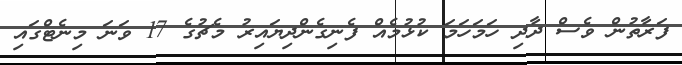
ފަރާތުން ވެސް ދާދި ހަމަހަމަ ކުޅުމެއް ފެނިގެންދިޔައިރު މެޗުގެ 17 ވަނަ މިނެޓްގައި